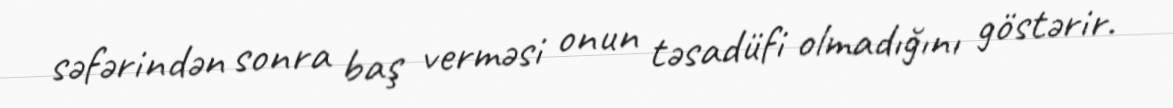
səfərindən sonra baş verməsi onun təsadüfi olmadığını göstərir.